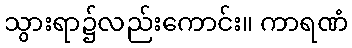
သွားရာ၌လည်းကောင်း။ ကာရဏံ